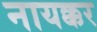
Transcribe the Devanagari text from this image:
नायक्कर